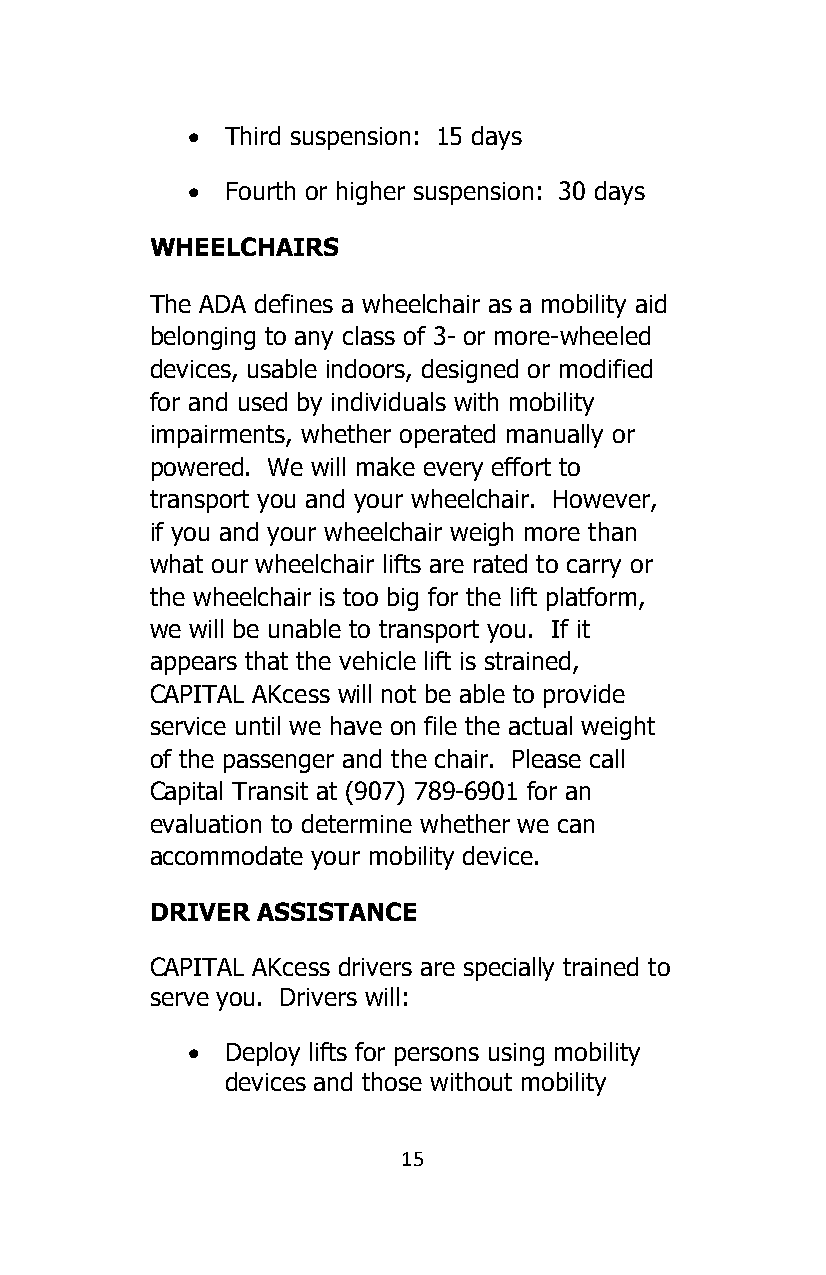
•  Third suspension: 15 days
 •  Fourth or higher suspension: 30 days
 WHEELCHAIRS
 The ADA defines a wheelchair as a mobility aid
 belonging to any class of 3- or more-wheeled
 devices, usable indoors, designed or modified
 for and used by individuals with mobility
 impairments, whether operated manually or
 powered. We will make every effort to
 transport you and your wheelchair. However,
 if you and your wheelchair weigh more than
 what our wheelchair lifts are rated to carry or
 the wheelchair is too big for the lift platform,
 we will be unable to transport you. If it
 appears that the vehicle lift is strained,
 CAPITAL AKcess will not be able to provide
 service until we have on file the actual weight
 of the passenger and the chair. Please call
 Capital Transit at (907) 789-6901 for an
 evaluation to determine whether we can
 accommodate your mobility device.
 DRIVER ASSISTANCE
 CAPITAL AKcess drivers are specially trained to
 serve you. Drivers will:
 •  Deploy lifts for persons using mobility
 devices and those without mobility
 15